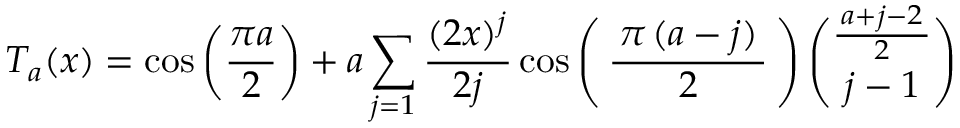
T _ { a } ( x ) = \cos \left( { \frac { \pi a } { 2 } } \right) + a \sum _ { j = 1 } { \frac { ( 2 x ) ^ { j } } { 2 j } } \cos \left( \, { \frac { \, \pi \, ( a - j ) \, } { 2 } } \, \right) { \binom { \frac { \, a + j - 2 \, } { 2 } } { j - 1 } }